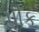
પીક